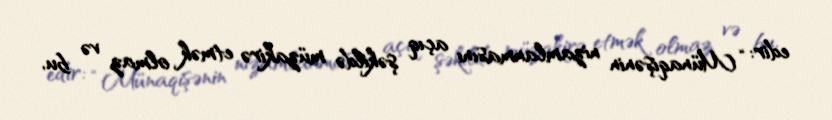
edir: “Münaqişənin nizamlanmasını açıq şəkildə müzakirə etmək olmaz və bu,